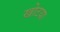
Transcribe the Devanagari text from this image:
खोटया